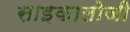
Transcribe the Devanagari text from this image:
साइकालोजी